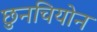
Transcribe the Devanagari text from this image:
छुनचियोन